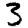
Digit: 3